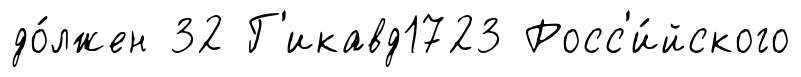
до́лжен 32 Г'икавд1723 Росс'и́йского